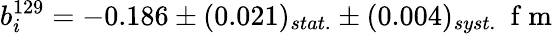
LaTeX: b_{i}^{129}=-0.186\pm(0.021)_{stat.}\pm(0.004)_{syst.}\space\mathrm{~f~m~}